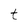
Character: t